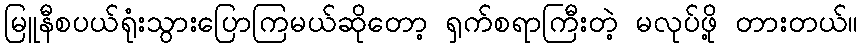
မြူနီစပယ်ရုံးသွားပြောကြမယ်ဆိုတော့ ရှက်စရာကြီးတဲ့ မလုပ်ဖို့ တားတယ်။